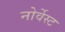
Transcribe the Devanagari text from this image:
नोर्वेस्ट